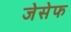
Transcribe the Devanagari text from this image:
जेसेफ